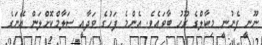
ނޫނީ ފެނުނީ މިކާލްގެ ރޫހު ބާވައެވެ. އެންމެ ފަހުގެ ވަދާއީ ސަލާމްކޮށްލަން އޭނަގެ